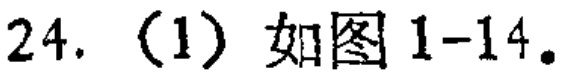
24. (1) 如图 1-14。